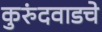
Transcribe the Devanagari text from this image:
कुरुंदवाडचे